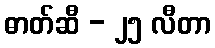
ဓာတ်ဆီ - ၂၅ လီတာ